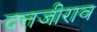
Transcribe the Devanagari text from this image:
दत्तजीराव